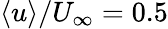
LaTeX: \langle u\rangle/U_{\infty}=0.5